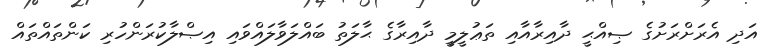
އަދި އެރަށްރަށުގެ ޞިއްޙީ ދާއިރާއާއި ތަޢުލީމީ ދާއިރާގެ ޙާލަތު ބައްލަވާލައްވައި އިޞްލާކުރަންހުރި ކަންތައްތައް